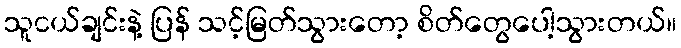
သူငယ်ချင်းနဲ့ ပြန် သင့်မြတ်သွားတော့ စိတ်တွေပေါ့သွားတယ်။